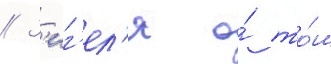
// З'иг'ел'я о́ то́м